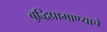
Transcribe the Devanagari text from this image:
बुद्धिप्रामाण्याचे